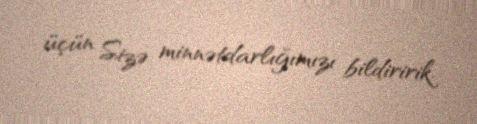
üçün Sizə minnətdarlığımızı bildiririk.